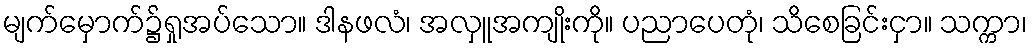
မျက်မှောက်၌ရှုအပ်သော။ ဒါနဖလံ၊ အလှူအကျိုးကို။ ပညာပေတုံ၊ သိစေခြင်းငှာ။ သက္ကာ၊